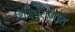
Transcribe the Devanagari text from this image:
शिवपुराणांत